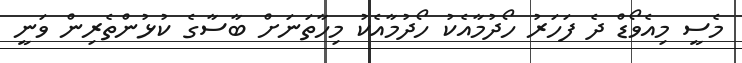
މެސީ މިއެވޯޑް ދެ ފަހަރު ހޯދުމާއެކު ހޯދުމާއެކު މިހާތަނަށް ބާސާގެ ކުޅުންތެރިން ވަނީ